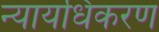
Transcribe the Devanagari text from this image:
न्‍यायधिकरण